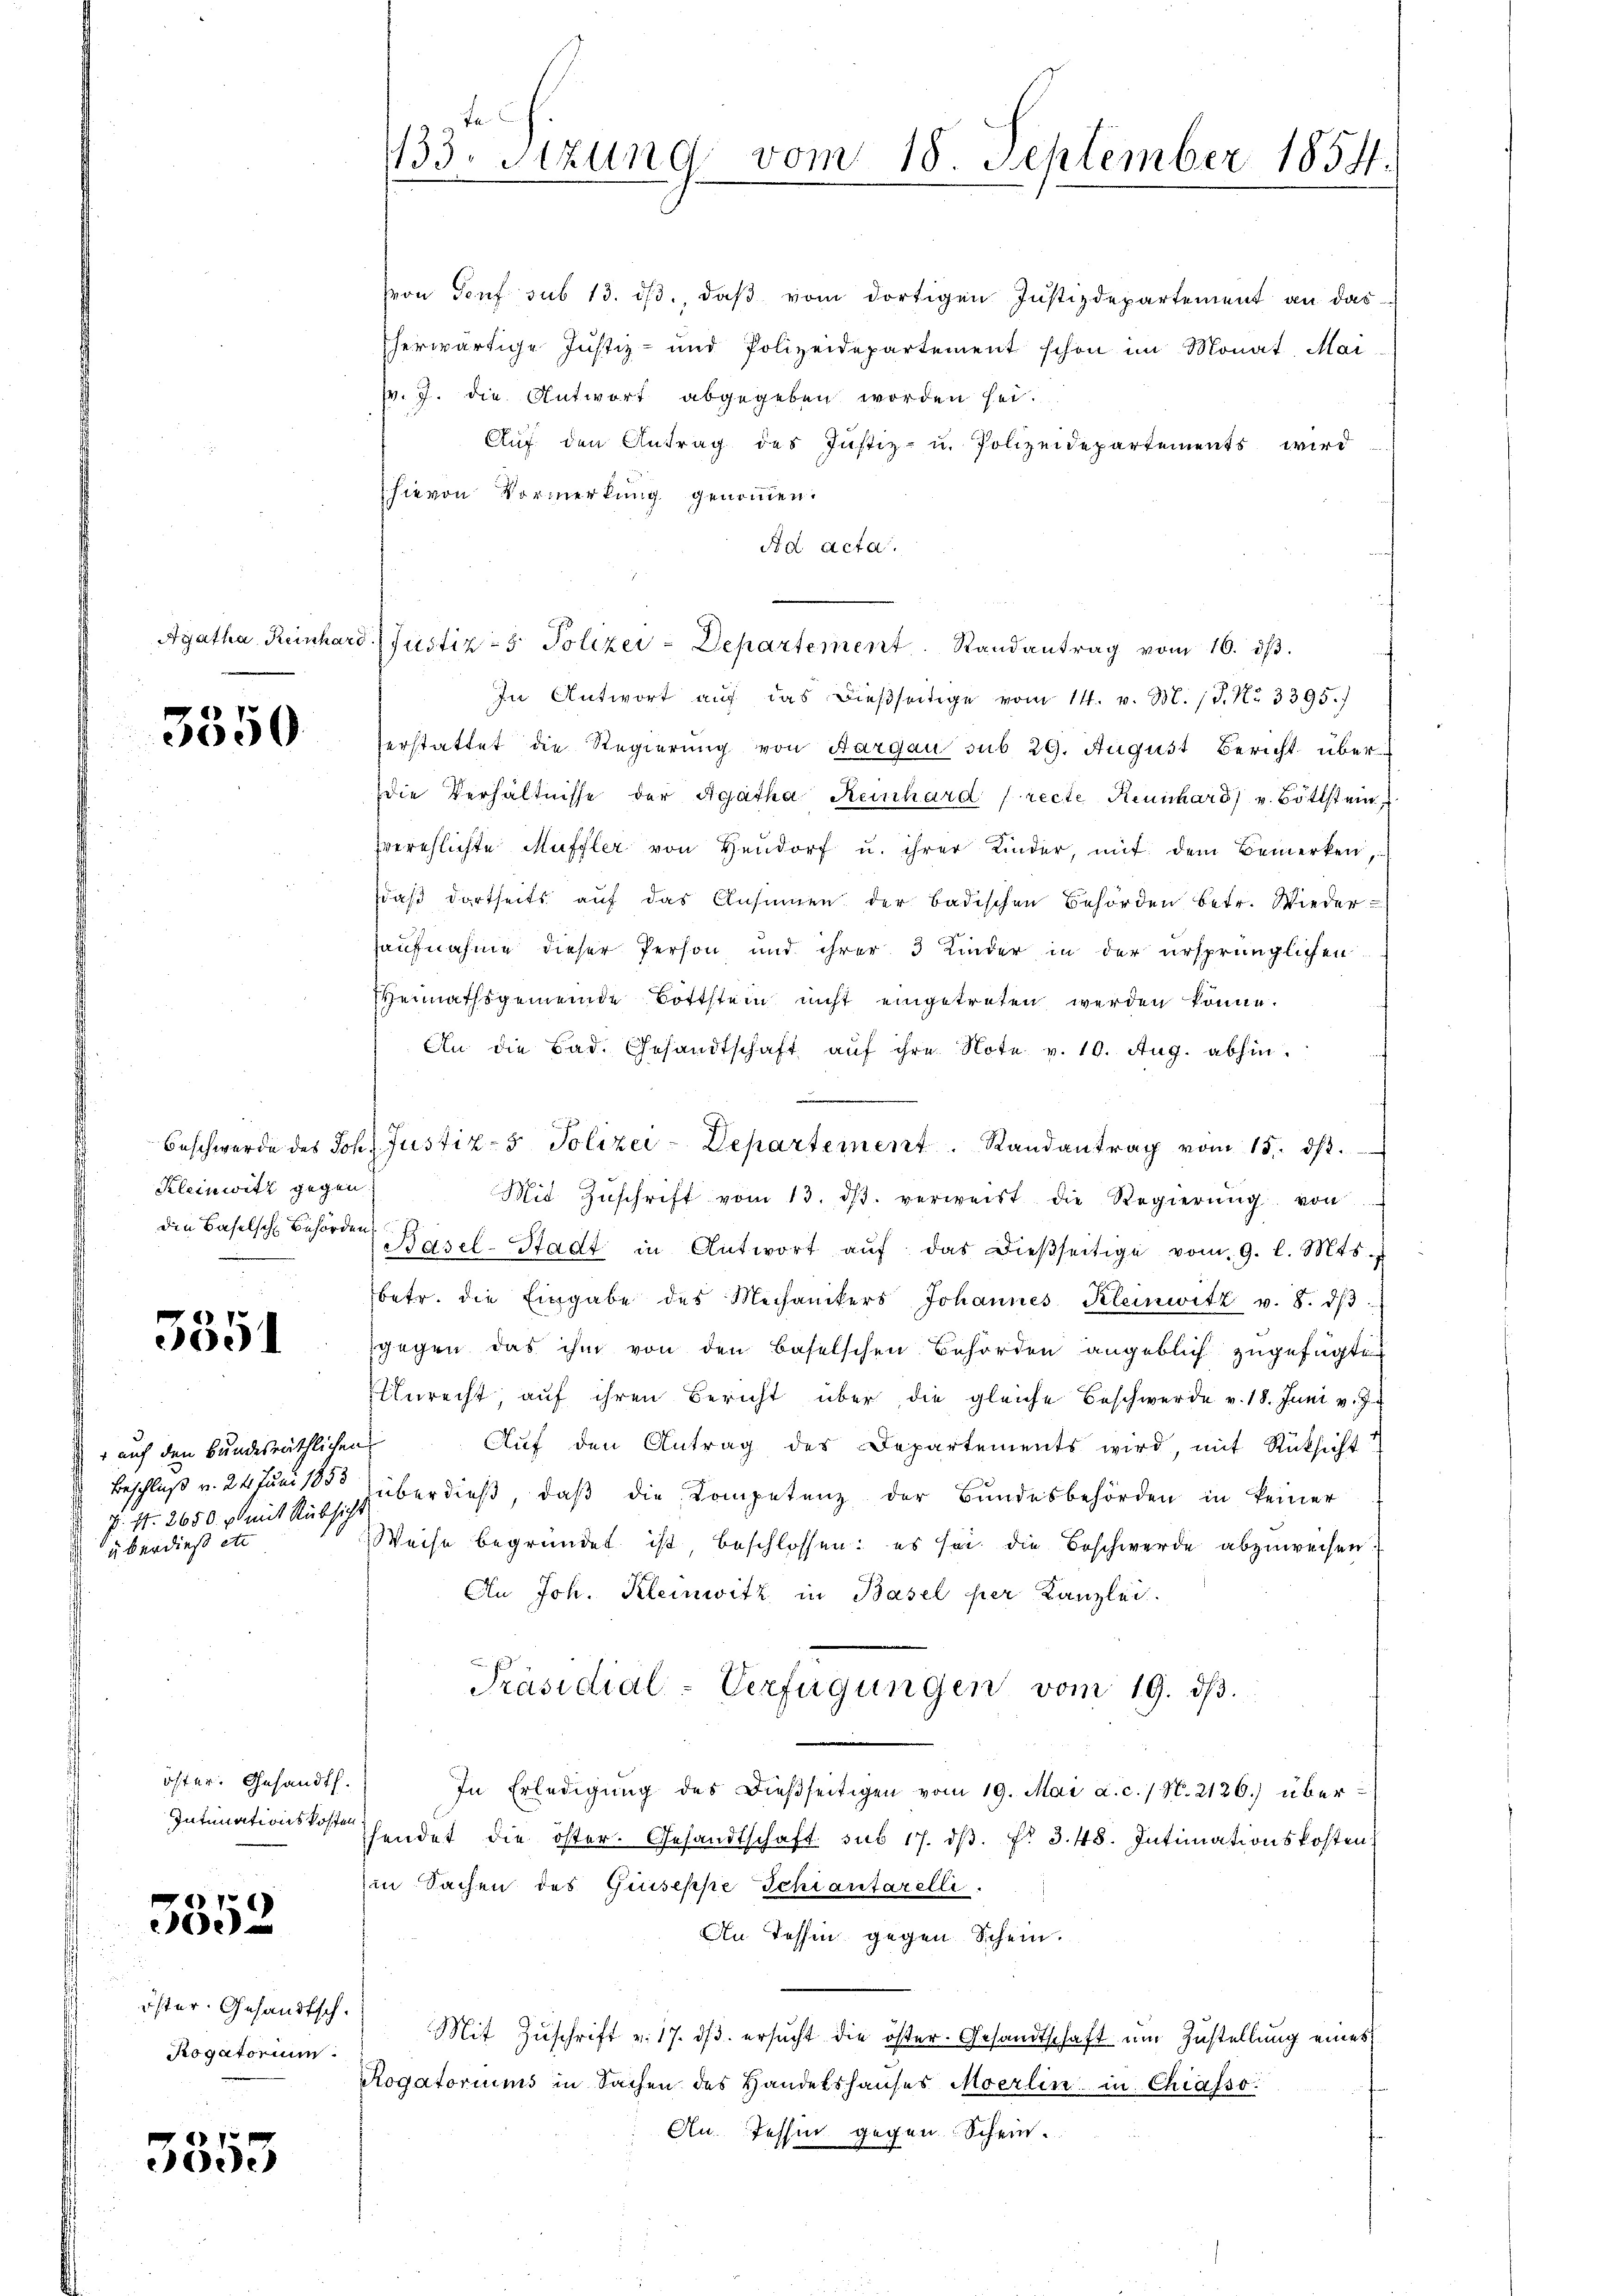
3350

Kleinwitz gegen.
den Baselsche Behörden

5351

auf den Bundesräthlichen
Beschluß v. 24. Juni 1853
P. Nr. 2650. p mit Rücksicht
überdieß ett

öster. Gesandt.
Intimationskosten

3352

öster. Gesandtsch.
Rogatorium

3853

133. Sizung vom 18. September 1854.
.
i

von Torf sub 13. dβ., daβ vom dortigen Justizdepartement an das
herwärtige Justiz- und Polizeidepartement schon im Monat Mai
v. J. die Antwort abgegeben worden sei.
Auf den Antrag des Justiz- u. Polizeidepartements wird
hievon Vormerkung genommen.
Ad Acta.
In Antwort aŭf das dießseitige vom 14. v. M. 18. No 3395.)
erstattet die Regierung von Aargau sub 29. August Bericht überdie Verhältnisse der Agatha Keinhard (recte Reinhard v. Böttsteinzverehlichte Muffler von Hendorf u. ihrer Kinder, mit dem Bemerken,
sdaß dortseits auf das Ansinnen der badischen Behörden betr. Wieder-
aufnahme dieser Person und ihrer 3 Kinder in der ursprünglichen
sheimathsgemeinde Bottstein nicht eingetreten werden könne.
An die Bad. Gesandtschaft aŭf ihre Note v. 10. Aug. abhin.
Beschwerde des Joh. Justiz- & Polizei-Departement. Randantrag vom 15. dβ.
Mit Zŭschrift vom 13. dβ. verweist die Regierŭng von
Basel-Stadt in Antwort aŭf das dieβseitige vom 9. l. Mts.
betr. die Eingabe des Mechanikers Johannes Kleinwitz v. 8. dβ.
gegen das ihm von den Baselschen Behörden angeblich zugefügte
Unrecht auf ihren Bericht über die gleiche Beschwerde v. 18. Juni v. 7.
Aŭf den Antrag des Departements wird, mit Rücksicht
überdieß, daβ die Kompetenz der Bundesbehörden in keiner
Weise begründet ist, beschlossen: es sei die Beschwerde abzuweisen.
An Joh. Kleinwitz in Basel her Kanzlei.
.
Präsidial-Verfügungen vom 19. dβ.
In Erledigŭng des dießseitigen vom 19. Mai a. c. / N. 2126.) über
hendet die öster. Gesandtschaft sub 17. dβ. f. 348. Intimationskosten
in Sachen des Guseppe Schiantarelli
An Tessin gegen Schein.
Mit Zŭschrift v. 17. dβ. ersucht die öster. Gesandtschaft um Zustellung eines
Rogatoriums in Sachen des Handelshauses Moerlin in Chiasso
An. Tessin gegen Schein.

Agatha Reinhard (Justiz- & Polizei-Departement. Randantrag vom 16. ds.